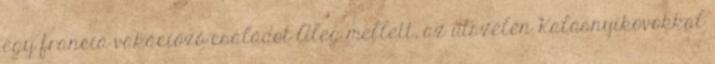
egy francia vakációzó családot Aleg mellett, az útszélén Kalasnyikovokkal